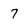
Character: 7